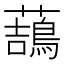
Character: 䕵